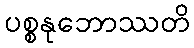
ပစ္စနုဘောဿတိ